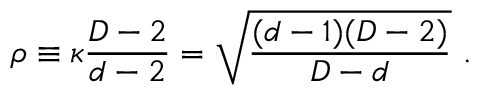
\rho \equiv \kappa { \frac { D - 2 } { d - 2 } } = \sqrt { \frac { ( d - 1 ) ( D - 2 ) } { D - d } } ~ .